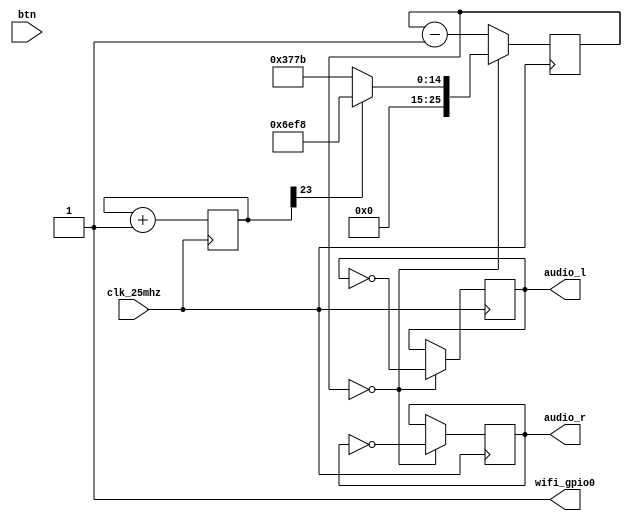
module audio(
    input clk_25mhz,
    output wifi_gpio0,
    input [6:0] btn,
    output reg [3:0] audio_l,
    output reg [3:0] audio_r);

parameter TONE_A4 = 25000000/440/2;
parameter TONE_A5 = 25000000/880/2;

reg [25:0] counter;
initial 
begin
    audio_l = 0;
    audio_r = 0;  
    counter = 0;
end

reg [23:0] tone;
always @(posedge clk_25mhz) 
    tone <= tone+1;

always @(posedge clk_25mhz) 
    if(counter==26'b0) 
    begin
        counter <= (tone[23] ? TONE_A4-1 : TONE_A5-1 ); 
        audio_l <= ~audio_l;
        audio_r <= ~audio_r;
    end
    else 
        counter <= counter-1;

assign wifi_gpio0 = 1'b1;
endmodule